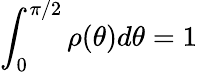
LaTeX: \int_{0}^{\pi/2}\rho(\theta)d\theta=1